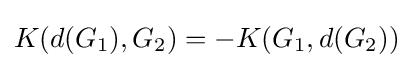
K(d(G_{1}),G_{2})=-K(G_{1},d(G_{2}))